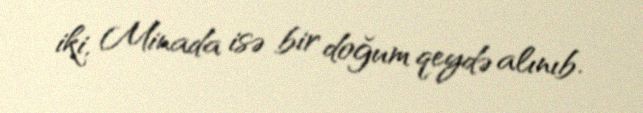
iki, Minada isə bir doğum qeydə alınıb.